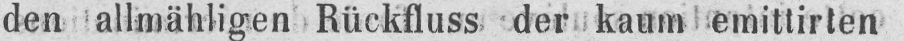
den allmähligen Rückfluss. der kaum emittirten